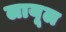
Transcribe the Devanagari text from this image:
लायूल